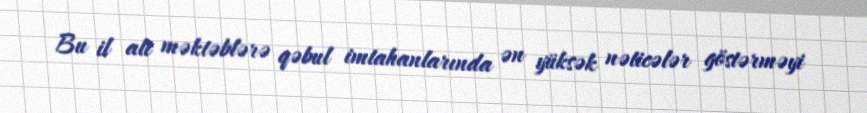
Bu il ali məktəblərə qəbul imtahanlarında ən yüksək nəticələr göstərməyi